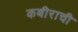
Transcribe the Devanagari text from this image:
कबीराची